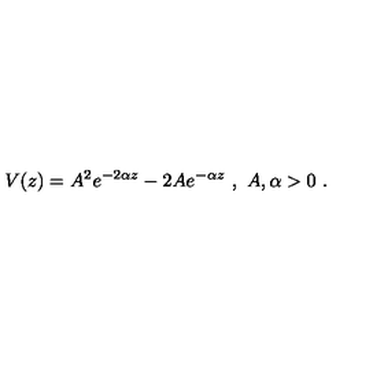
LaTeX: V ( z ) = A ^ { 2 } e ^ { - 2 \alpha z } - 2 A e ^ { - \alpha z } \ , \ A , \alpha > 0 \ .